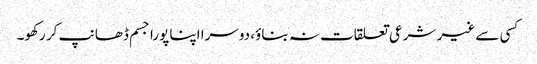
کسی سے غیر شرعی تعلقات نہ بناؤ، دوسرا اپنا پورا جسم ڈھانپ کر رکھو۔